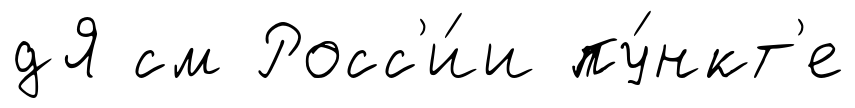
дЯ см Росс'и́и пу́нкт'е